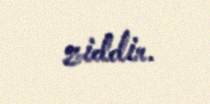
ziddir.